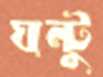
ঘন্টু